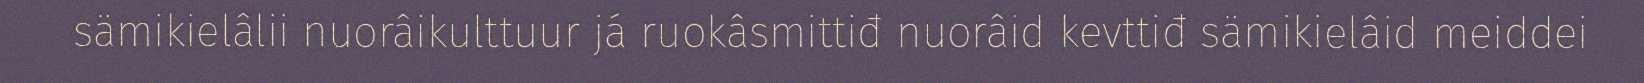
sämikielâlii nuorâikulttuur já ruokâsmittiđ nuorâid kevttiđ sämikielâid meiddei